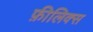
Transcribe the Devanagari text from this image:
फ़ीलिक्स